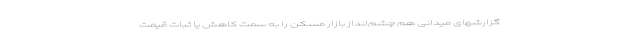
گزارشهای میدانی هم چشم‌انداز بازار مسکن را به سمت کاهش یا ثبات قیمت